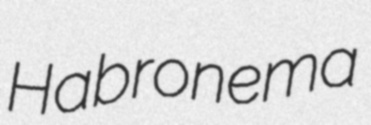
Habronema